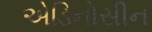
એડિનોસીન